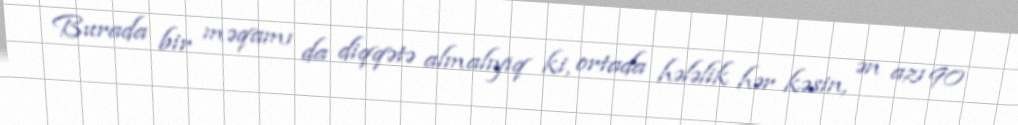
Burada bir məqamı da diqqətə almalıyıq ki, ortada hələlik hər kəsin, ən azı 90